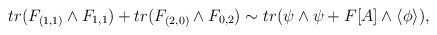
\begin{align*}tr(F_{(1,1)}\wedge F_{1,1}) + tr(F_{(2,0)}\wedge F_{0,2}) \sim tr(\psi\wedge\psi + F[A] \wedge \langle\phi\rangle ),\end{align*}